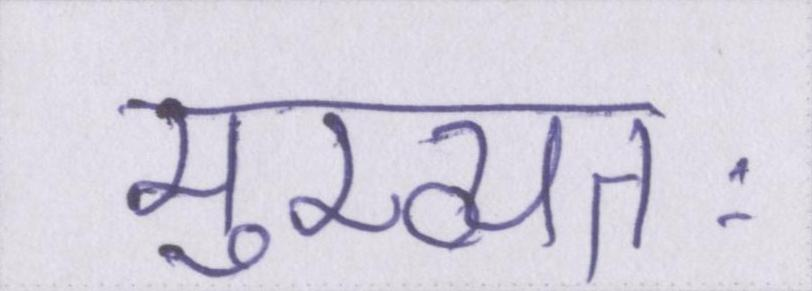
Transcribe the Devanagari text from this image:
मुख्यतः